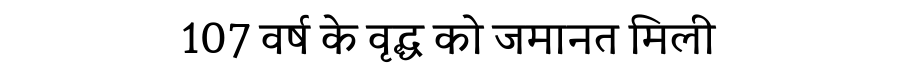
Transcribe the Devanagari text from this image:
107 वर्ष के वृद्ध को जमानत मिली